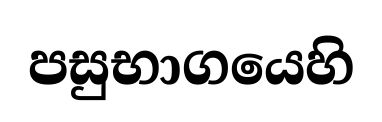
පසුභාගයෙහි